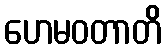
ဟေမဝတာတိ